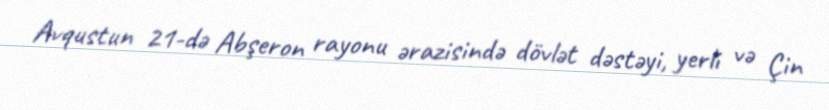
Avqustun 21-də Abşeron rayonu ərazisində dövlət dəstəyi, yerli və Çin